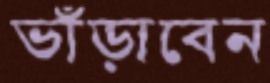
ভাঁড়াবেন